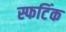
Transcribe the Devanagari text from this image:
स्फटिंक